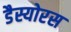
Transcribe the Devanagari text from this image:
डैस्योरस